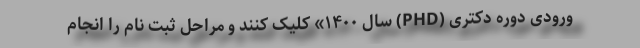
ورودی دوره دکتری (PHD) سال ۱۴۰۰» کلیک کنند و مراحل ثبت نام را انجام